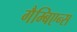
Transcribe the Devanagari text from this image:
गैम्बिएन्स